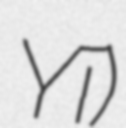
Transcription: Yī)